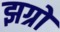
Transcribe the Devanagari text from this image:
झग्रो